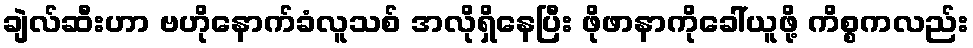
ချဲလ်ဆီးဟာ ဗဟိုနောက်ခံလူသစ် အလိုရှိနေပြီး ဖိုဖာနာကိုခေါ်ယူဖို့ ကိစ္စကလည်း